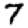
Digit: 7